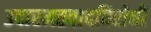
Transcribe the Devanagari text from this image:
उदारमतवादविरोधी